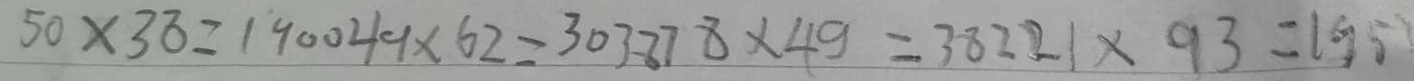
5 0 \times 3 8 = 1 9 0 0 4 9 \times 6 2 = 3 0 3 8 7 8 \times 4 9 = 3 8 2 7 2 1 \times 9 3 = 1 9 5 7